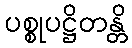
ပစ္စုပဋ္ဌိတန္တိ